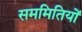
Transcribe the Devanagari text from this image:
सममितियों